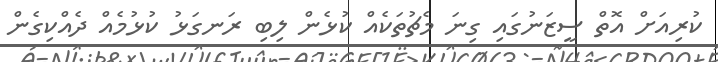
ކުރިއަށް އޮތް ސީޒަނުގައި ގިނަ މެޗުތަކެއް ކުޅެން ލިބި ރަނގަޅު ކުޅުމެއް ދެއްކިގެން